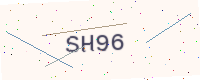
Text: SH96